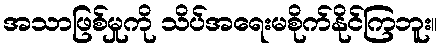
အသာဖြစ်မှုကို သိပ်အရေးမစိုက်နိုင်ကြဘူး။